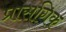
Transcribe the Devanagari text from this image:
प्रासगिक